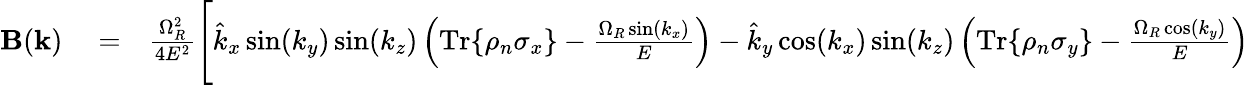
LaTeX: \begin{array}{rlr}{\mathbf{B}(\mathbf{k})}&{{}=}&{\frac{\Omega_{R}^{2}}{4E^{2}}\Bigg[\hat{k}_{x}\sin(k_{y})\sin(k_{z})\left(\mathrm{Tr}\{ \rho_{n}\sigma_{x}\} -\frac{\Omega_{R}\sin(k_{x})}{E}\right)-\hat{k}_{y}\cos(k_{x})\sin(k_{z})\left(\mathrm{Tr}\{ \rho_{n}\sigma_{y}\} -\frac{\Omega_{R}\cos(k_{y})}{E}\right)}\end{array}